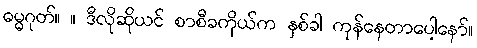
ဓမ္မဂုတ်။ ။ ဒီလိုဆိုယင် စာစီခကိုယ်က နှစ်ခါ ကုန်နေတာပေါ့နော်။